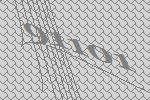
91101